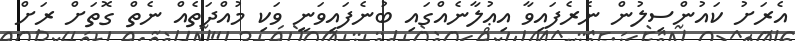
އެރަށު ކައުންސިލުން ނެރެފައިވާ އިޢުލާނެއްގައި ބުނެފައިވަނީ ވަކި މުއްދަތެއް ނެތް ގޮތަށް ރަށް